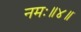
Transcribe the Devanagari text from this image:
नमः॥४॥